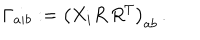
LaTeX: \Gamma _ { a i b } : = \left( X _ { i } R \, R ^ { T } \right) _ { a b } \, .